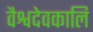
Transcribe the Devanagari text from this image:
वैश्वदेवकालि